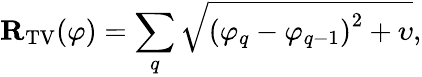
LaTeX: \mathbf{R}_{\mathrm{TV}}(\varphi)=\sum_{q}\sqrt{\left(\varphi_{q}-\varphi_{q-1}\right)^{2}+\upsilon},